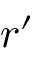
r ^ { \prime }